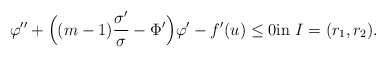
\begin{align*}\varphi'' + \Big((m-1)\frac{\sigma'}{\sigma}-\Phi'\Big)\varphi'-f'(u)\leq 0 \textnormal{in}\ I=(r_1,r_2).\end{align*}